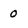
Character: 0